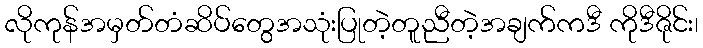
လိုကုန်အမှတ်တံဆိပ်တွေအသုံးပြုတဲ့တူညီတဲ့အချက်ကဒီ ကိုဒီဇိုင်း၊